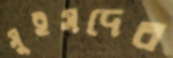
সুইসদের